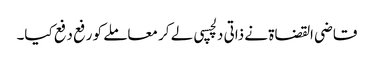
قاضی القضاۃ نے ذاتی دلچسپی لے کر معاملے کو رفع دفع کیا۔